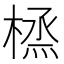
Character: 𪳜